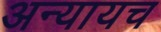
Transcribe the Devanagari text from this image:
अन्यायच